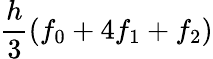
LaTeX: {\frac{h}{3}}(f_{0}+4f_{1}+f_{2})